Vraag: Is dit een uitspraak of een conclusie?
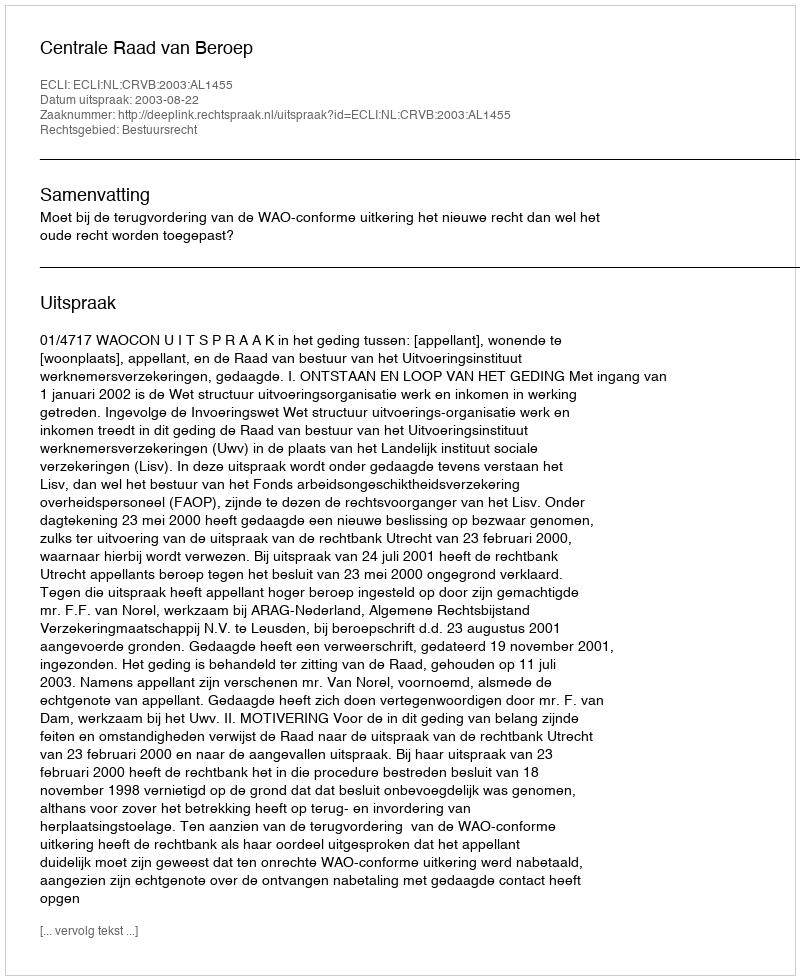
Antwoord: Uitspraak